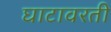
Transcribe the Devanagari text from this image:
घाटावरती